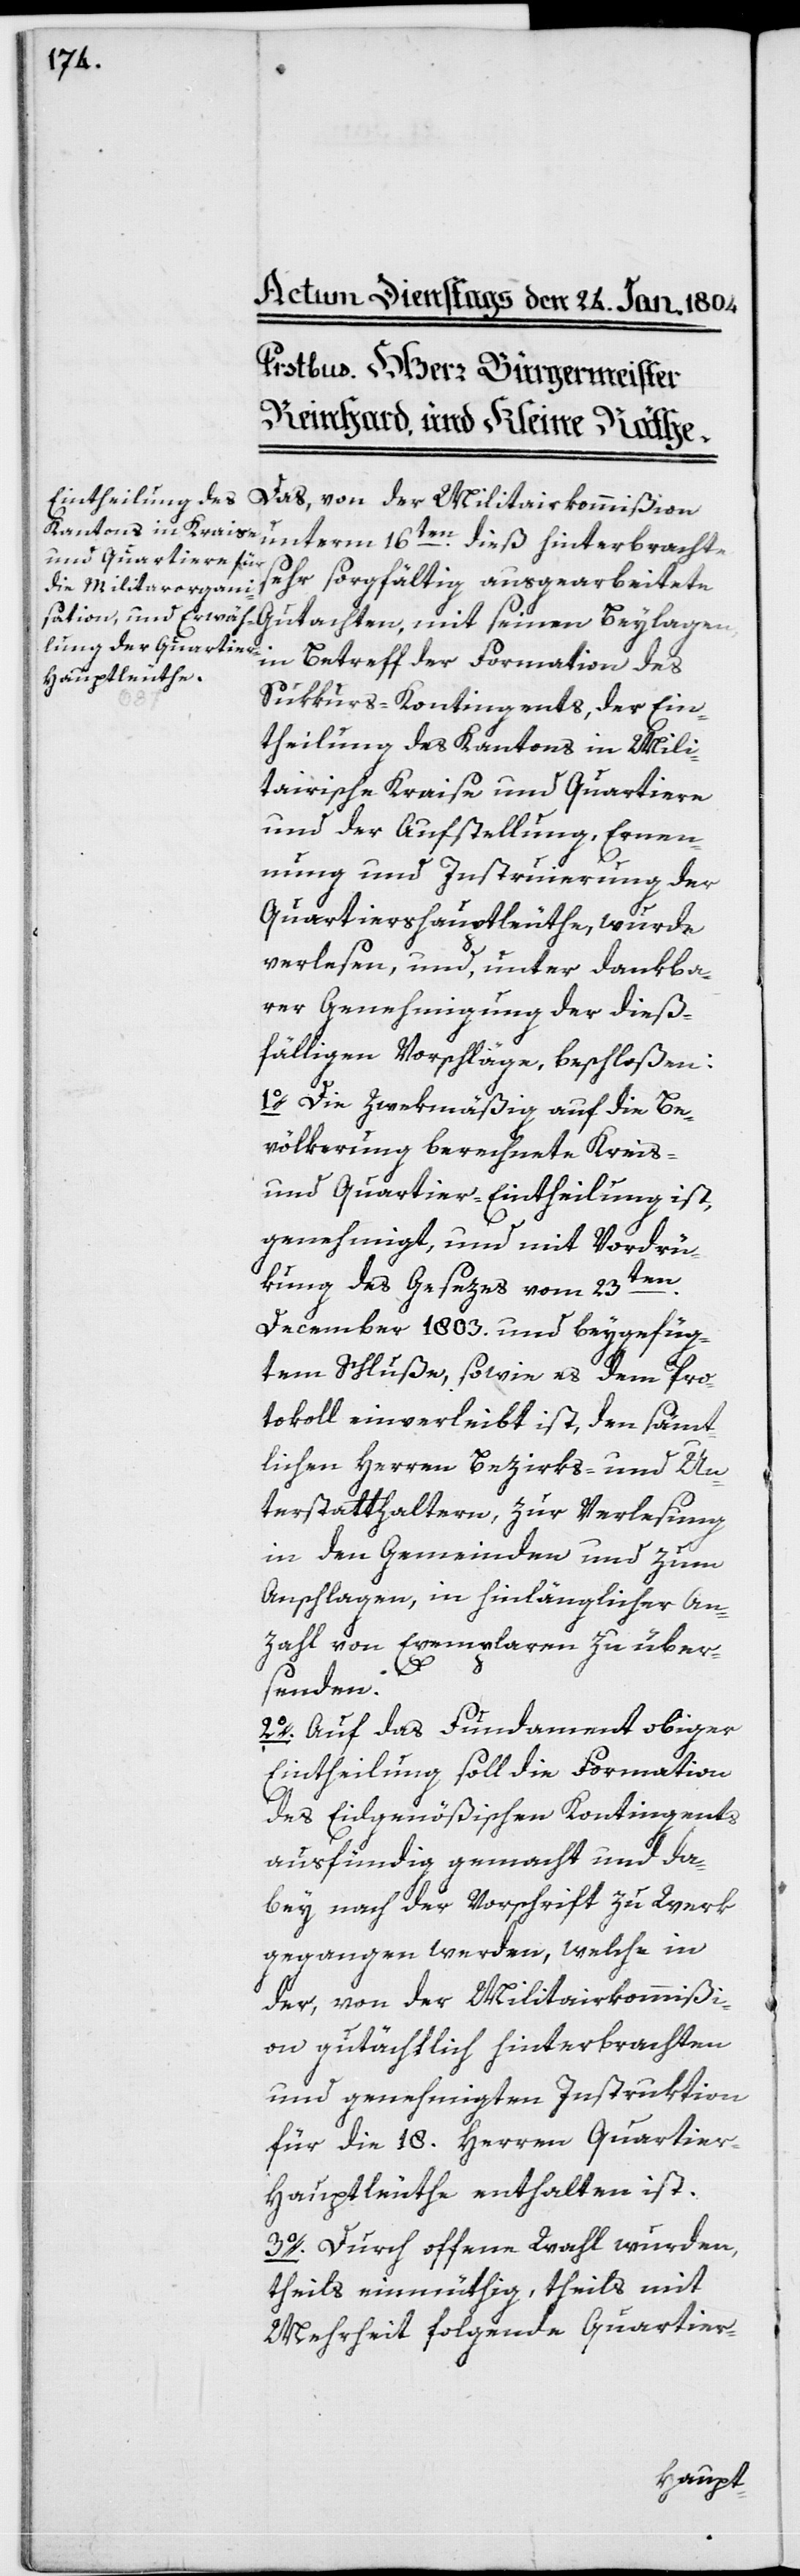
Betreff der Formation
Das, von der Militairkommißion
unterm 16ten. dieß hinterbrachte
sehr sorgfältig ausgearbeitete
Gutachten, mit seinen Beylagen,
Sukkurs-Kontingents, der Ein¬
theilung des Kantons in Mili¬
tairische Kraise und Quartiere
und der Aufstellung, Ernen¬
nung und Instruierung der
Quartierhauptleuthe, wurde
verlesen, und, unter dankba¬
rer Genehmigung der dieß¬
fälligen Vorschläge, beschloßen:
1o. Die Zwekmäßig auf die Be¬
völkerung berechnete Kreis-
und Quartier-Eintheilung ist,
genehmigt, und mit Vordrü¬
ten.
kung des Gesezes vom 23s¬
December 1803. und beygefüg¬
tem Schluße, so wie es dem Pro¬
tokoll einverleibt ist, den sämt¬
lichen Herren Bezirks- und Un¬
terstatthaltern, zur Verlesung
in den Gemeinden und zum
Anschlagen, in hinlänglicher An¬
zahl von Exemplaren zu über¬
senden.
2o. Auf das Fundament obiger
Eintheilung soll die Formation
des Eidgenößischen Kontingents
ausfündig gemacht und da¬
bey nach der Vorschrift zu Werk
gegangen werden, welche in
der, von der Militairkommißi¬
on gutächtlich hinterbrachten
und genehmigten Instruktion
für die 18. Herren Quartie¬
r-Hauptleuthe enthalten ist.
3o. Durch offene Wahl wurden,
theils einmüthig, theils mit
Mehrheit folgende Quartier-